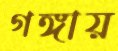
গঙ্গায়